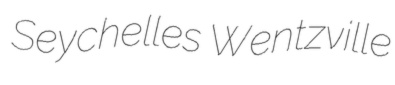
Seychelles Wentzville